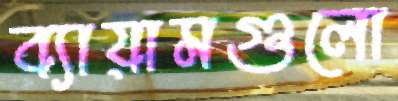
ব্যায়ামগুলো